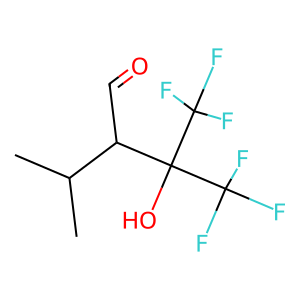
SMILES: CC(C)C(C=O)C(O)(C(F)(F)F)C(F)(F)F
Inhibits HIV replication: No